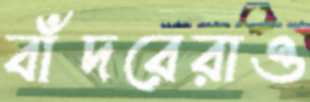
বাঁদরেরাও